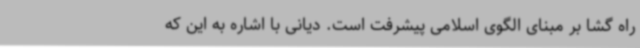
راه گشا بر مبنای الگوی اسلامی پیشرفت است. دیانی با اشاره به این که